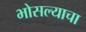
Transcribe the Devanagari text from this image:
भोसल्याचा